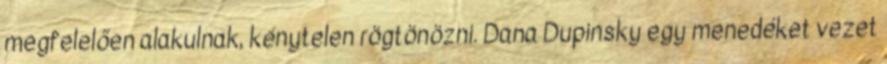
megfelelően alakulnak, kénytelen rögtönözni. Dana Dupinsky egy menedéket vezet